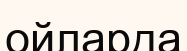
ойларда